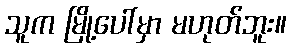
သူက မြို့ပေါ်မှာ မဟုတ်ဘူး။